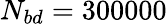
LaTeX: N_{bd}=300000